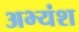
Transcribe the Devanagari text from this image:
अभ्यंश